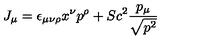
J _ { \mu } = \epsilon _ { \mu \nu \rho } x ^ { \nu } p ^ { \rho } + S c ^ { 2 } \frac { p _ { \mu } } { \sqrt { p ^ { 2 } } }